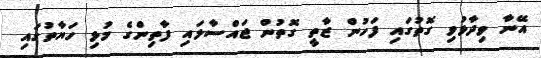
އޭނާ ވިދާޅުވި ގޮތުގައި ފަހުން ޒާތީ ގޮތުން ޖައްސާލައި ފާތިންގެ މުޅި ހަޔާތުގައި